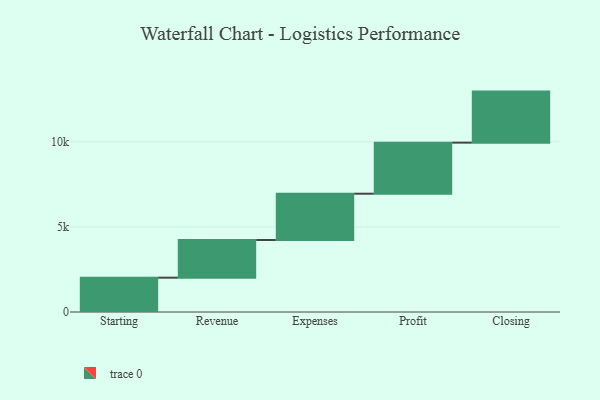
{"axis": {"x": "Step", "y": "Value"}, "legend": [""], "data": [{"x": "Starting", "y": 2017.0, "type": ""}, {"x": "Revenue", "y": 2213.0, "type": ""}, {"x": "Expenses", "y": 2721.0, "type": ""}, {"x": "Profit", "y": 3000, "type": ""}, {"x": "Closing", "y": 3000, "type": ""}]}